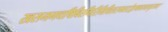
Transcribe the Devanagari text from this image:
खसमगधषिबिरगिरिमिथिलसमतटोड्राष्ववदनदन्तुरकाः।